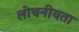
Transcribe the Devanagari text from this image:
लोचनीयता